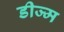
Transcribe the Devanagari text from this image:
डीज्म